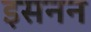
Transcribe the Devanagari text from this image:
इसनन